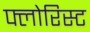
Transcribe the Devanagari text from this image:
फ्लोरिस्ट